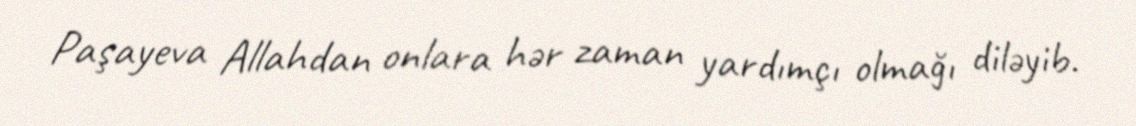
Paşayeva Allahdan onlara hər zaman yardımçı olmağı diləyib.